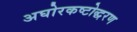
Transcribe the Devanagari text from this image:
अघोरकष्टोद्धरण